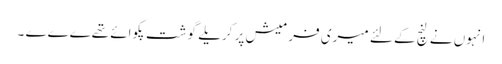
انہوں نے لنچ کے لئے میری فرمیش پر کریلے گوشت پکوائے تھےےےے ۔